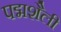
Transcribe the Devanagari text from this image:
पद्मशैली